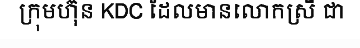
ក្រុមហ៊ុន KDC ដែលមានលោកស្រី ជា